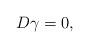
LaTeX: \begin{align*}D \gamma = 0,\end{align*}